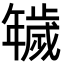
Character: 𢆫